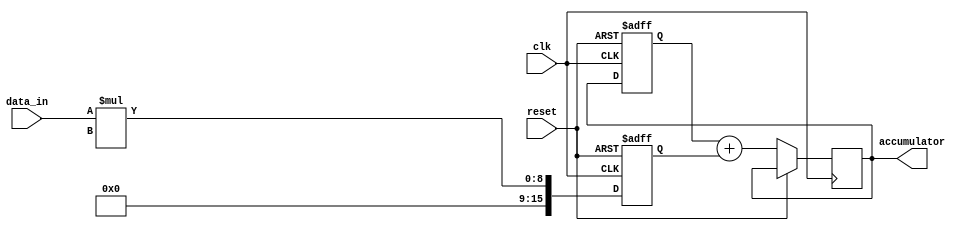
module IIR_accumulator (
    input wire clk,          // Clock signal
    input wire reset,        // Reset signal
    input wire [7:0] data_in,// Input data
    output reg [15:0] accumulator // Output accumulator
);

reg [15:0] sum;
reg [15:0] prev_accumulator;

always @(posedge clk or posedge reset) begin
    if (reset) begin
        sum <= 16'b0;
        prev_accumulator <= 16'b0;
    end else begin
        sum <= data_in * filter_coefficient; // Multiply input data by filter coefficient
        accumulator <= prev_accumulator + sum; // Add to previous accumulation value
        prev_accumulator <= accumulator;
    end
end

endmodule